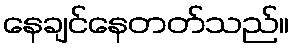
နေချင်နေတတ်သည်။